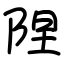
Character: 陧